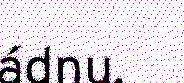
ádnu.